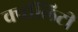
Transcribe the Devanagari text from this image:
क्वॉलिटी